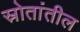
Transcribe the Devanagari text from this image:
स्रोतांतील